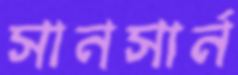
সানসার্ন